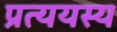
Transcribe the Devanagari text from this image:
प्रत्ययस्य